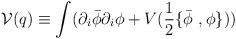
LaTeX: \begin{align*}{\cal V}(q)\equiv\int(\partial_i\bar{\phi}\partial_i\phi+V(\frac 12\{\bar{\phi}\ ,\phi\})) \end{align*}